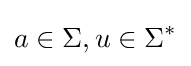
a\in \Sigma ,u\in \Sigma ^{*}